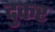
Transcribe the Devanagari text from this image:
दुकर